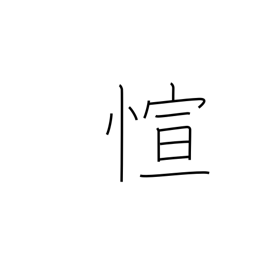
Meaning: abundant